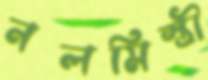
নলমিস্ত্রী